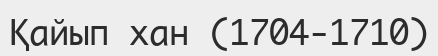
Қайып хан (1704-1710)